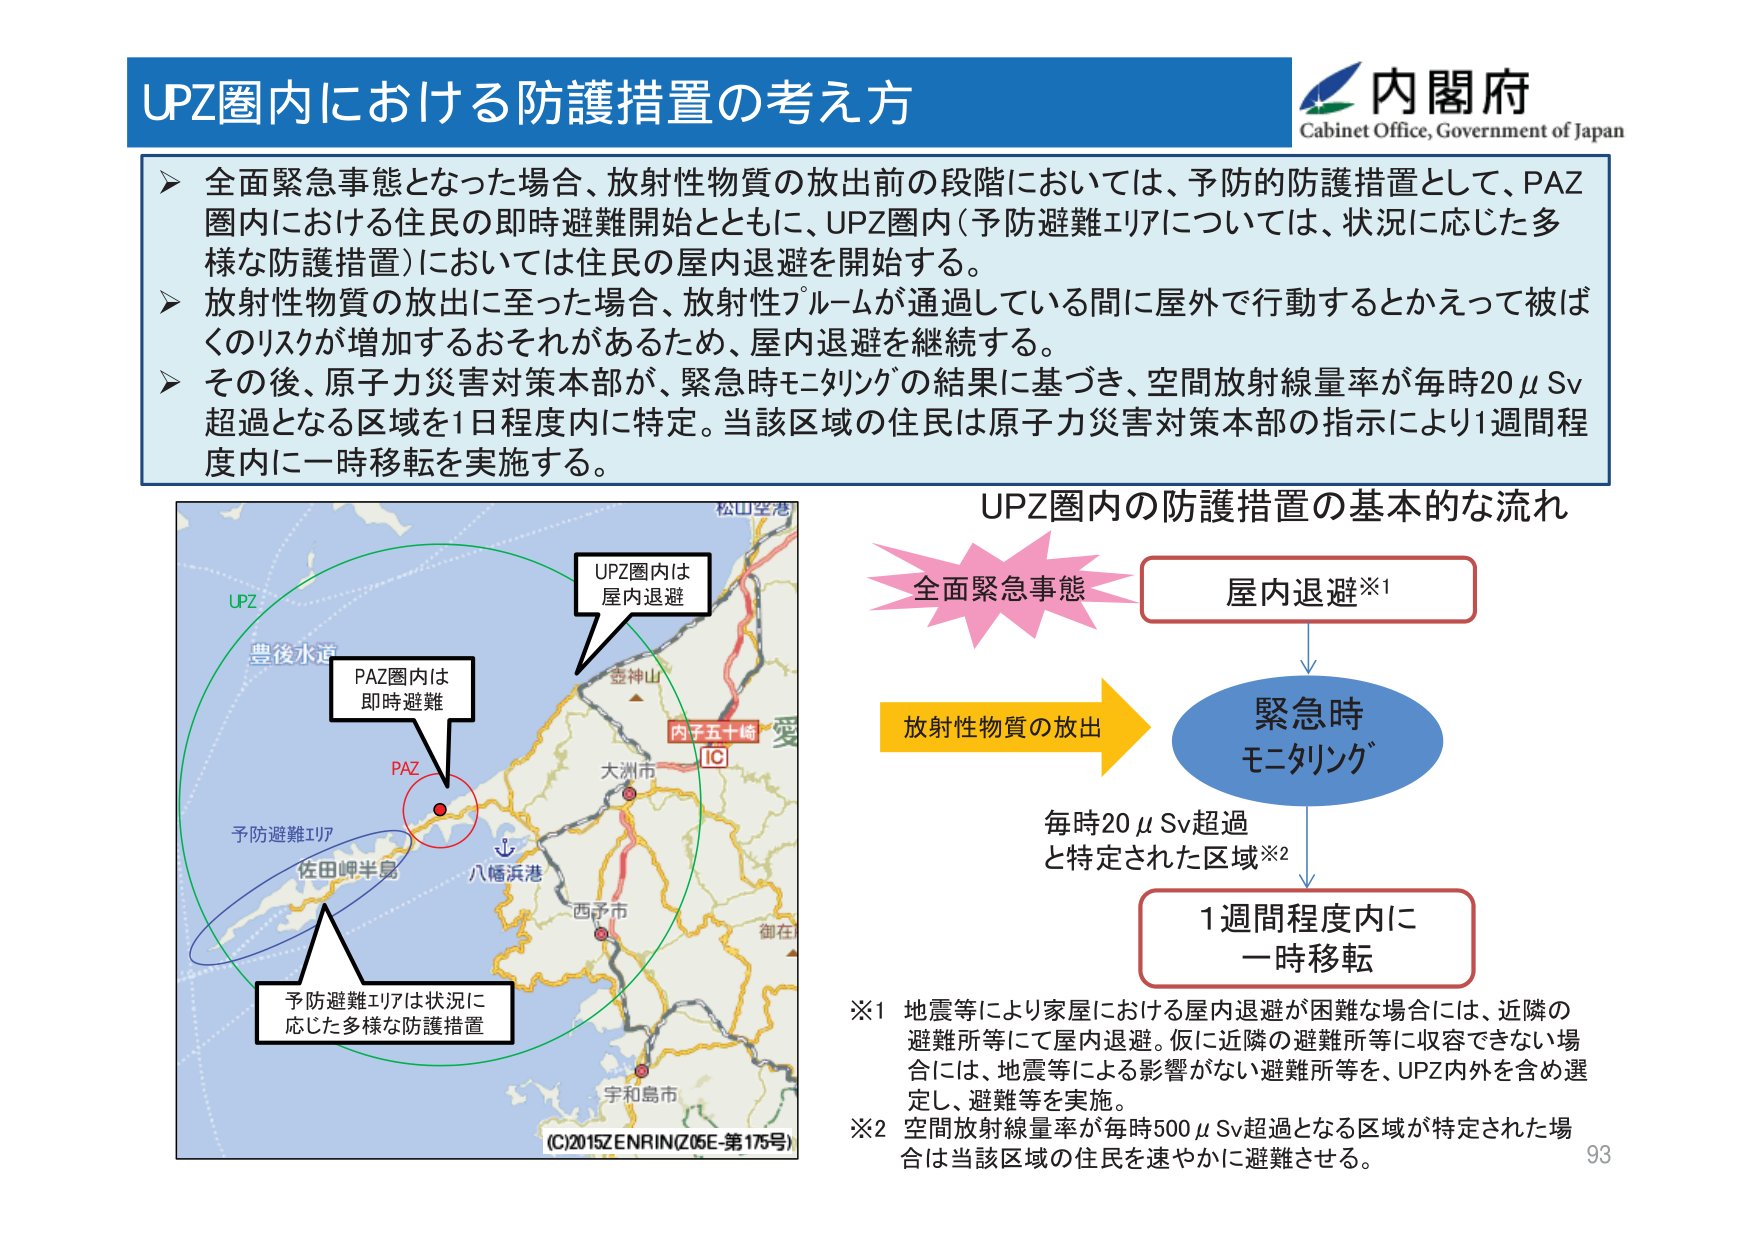
UPZ圏内における防護措置の考え方

内閣府
Cabinet Office, Government of Japan

▶ 全面緊急事態となった場合、放射性物質の放出前の段階においては、予防的防護措置として、PAZ圏内における住民の即時避難開始とともに、UPZ圏内（予防避難エリアについては、状況に応じた多様な防護措置）においては住民の屋内退避を開始する。
▶ 放射性物質の放出に至った場合、放射性プルームが通過している間に屋外で行動するとかえって被ばくのリスクが増加するおそれがあるため、屋内退避を継続する。
▶ その後、原子力災害対策本部が、緊急時モニタリングの結果に基づき、空間放射線量率が毎時20μSv超過となる区域を1日程度内に特定。当該区域の住民は原子力災害対策本部の指示により1週間程度内に一時移転を実施する。

UPZ圏内の防護措置の基本的な流れ

全面緊急事態 → 屋内退避※1
↓
放射性物質の放出 → 緊急時モニタリング
↓
毎時20μSv超過と特定された区域※2 → 1週間程度内に一時移転

※1 地震等により家屋における屋内退避が困難な場合には、近隣の避難所等にて屋内退避。仮に近隣の避難所等に収容できない場合には、地震等による影響がない避難所等を、UPZ内外を含め選定し、避難等を実施。
※2 空間放射線量率が毎時500μSv超過となる区域が特定された場合は当該区域の住民を速やかに避難させる。

（C）2015 ZENRIN（Z05E-第175号）

93

UPZ
豊後水道
PAZ圏内は即時避難
PAZ
予防避難エリア
佐田岬半島
八幡浜港
西予市
宇和島市
松山空港
内子五十崎
IC
大洲市
壺神山
愛
御在
UPZ圏内は屋内退避
予防避難エリアは状況に応じた多様な防護措置